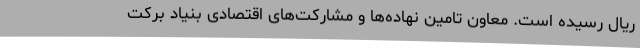
ریال رسیده است. معاون تامین نهاده‌ها و مشارکت‌های اقتصادی بنیاد برکت